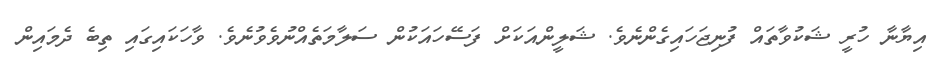
އިޔާނާ ހުރީ ޝަކުވާތައް ފުނިޖަހައިގެންނެވެ. ޝަލީންއަކަށް ފަސޭހައަކުން ސަލާމަތެއްނުވެވުނެވެ. ވާހަކައިގައި ތިބެ ދެމައިން